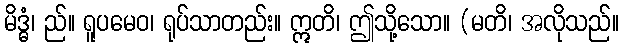
မိဒ္ဓံ၊ ည်။ ရူပမေဝ၊ ရုပ်သာတည်း။ ဣတိ၊ ဤသို့သော။ (မတိ၊ အလိုသည်။